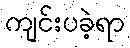
ကျင်းပခဲ့ရာ